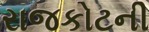
રાજકોટની